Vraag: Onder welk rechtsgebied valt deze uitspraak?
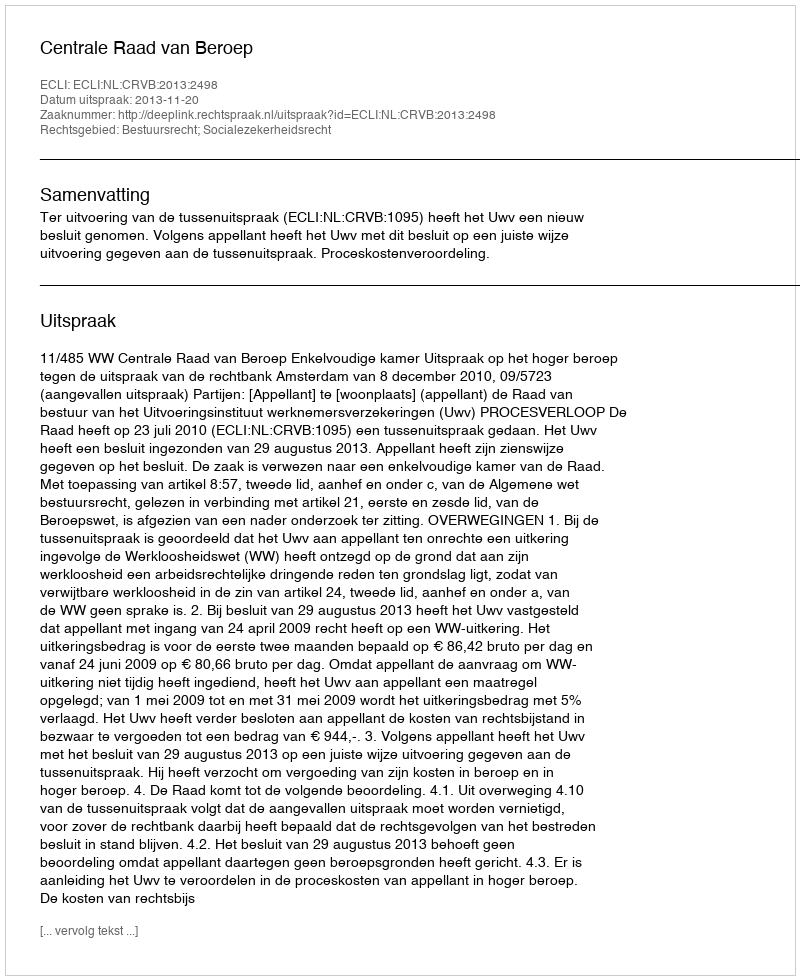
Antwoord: Bestuursrecht; Socialezekerheidsrecht